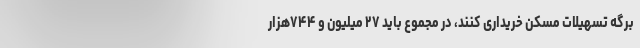
برگه تسهیلات مسکن خریداری کنند، در مجموع باید ۲۷ میلیون و ۷۴۴هزار